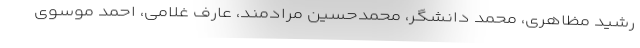
رشید مظاهری، محمد دانشگر، محمدحسین مرادمند، عارف غلامی، احمد موسوی